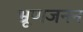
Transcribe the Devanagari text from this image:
भ्रूणजनन